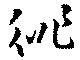
徘